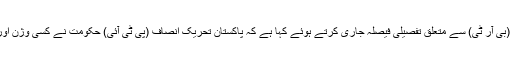
ابھی پشاور ہائی کورٹ نے بس ریپڈ ٹرانزٹ (بی آر ٹی) سے متعلق تفصیلی فیصلہ جاری کرتے ہوئے کہا ہے کہ پاکستان تحریک انصاف (پی ٹی آئی) حکومت نے کسی وژن اور منصوبہ بندی کے بغیر منصوبہ شروع کیا۔